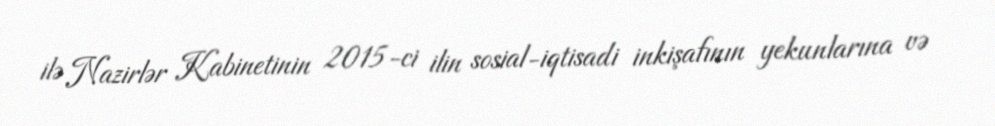
ilə Nazirlər Kabinetinin 2015-ci ilin sosial-iqtisadi inkişafının yekunlarına və